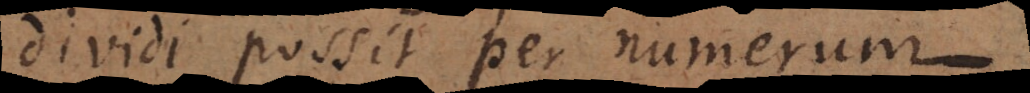
dividi possit per numerum